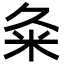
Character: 粂